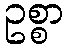
ဥစ္စာ